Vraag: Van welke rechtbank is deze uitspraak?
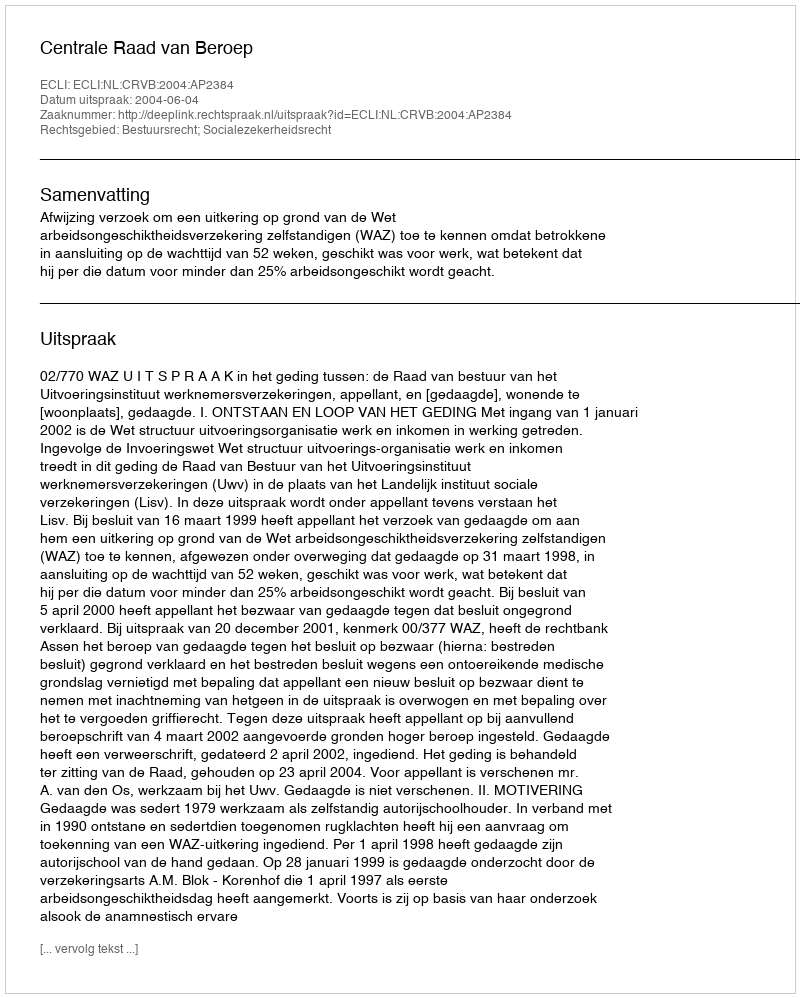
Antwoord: Centrale Raad van Beroep